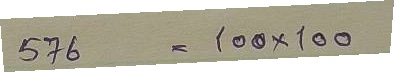
576 = 100 x 100